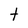
Character: t